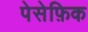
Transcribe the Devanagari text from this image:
पेसेफ़िक